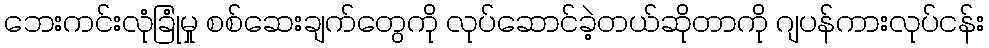
ဘေးကင်းလုံခြုံမှု စစ်ဆေးချက်တွေကို လုပ်ဆောင်ခဲ့တယ်ဆိုတာကို ဂျပန်ကားလုပ်ငန်း